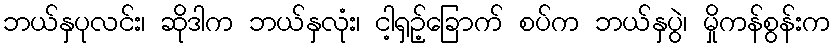
ဘယ်နှပုလင်း၊ ဆိုဒါက ဘယ်နှလုံး၊ ငါ့ရှဉ့်ခြောက် စပ်က ဘယ်နှပွဲ၊ မှိုကန်စွန်းက